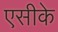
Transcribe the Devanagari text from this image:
एसीके